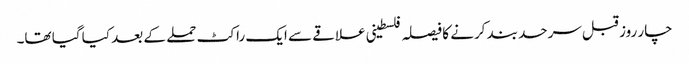
چار روز قبل سرحد بند کرنے کا فیصلہ فلسطینی علاقے سے ایک راکٹ حملے کے بعد کیا گیا تھا۔